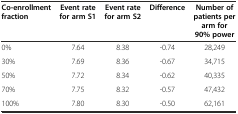
| Co-enrollment fraction | Event rate for arm S1 | Event rate for arm S2 | Difference | Number of patients per arm for 90% power |
 | --- | --- | --- | --- | --- |
 | 0% | 7.64 | 8.38 | -0.74 | 28,249 |
 | 30% | 7.69 | 8.36 | -0.67 | 34,715 |
 | 50% | 7.72 | 8.34 | -0.62 | 40,335 |
 | 70% | 7.75 | 8.32 | -0.57 | 47,432 |
 | 100% | 7.80 | 8.30 | -0.50 | 62,161 |